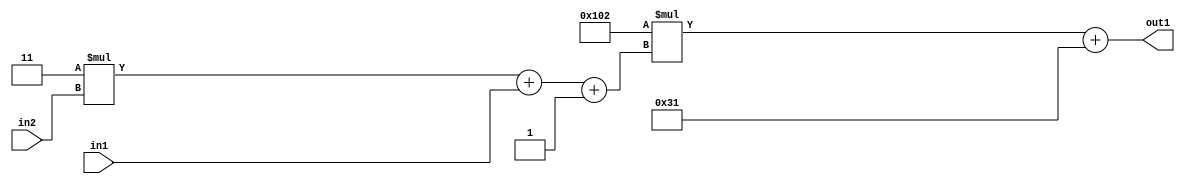
`timescale 1ps / 1ps
/*****************************************************************************
    Verilog RTL Description
    
    
    Created by: Stratus DpOpt 2019.1.01 
*******************************************************************************/

module DC_Filter_Add2i49Mul2i258Add3i1u1Mul2i3u2_4 (
	in2,
	in1,
	out1
	); /* architecture "behavioural" */ 
input [1:0] in2;
input  in1;
output [11:0] out1;
wire [11:0] asc001;
wire [3:0] asc002;

wire [3:0] asc002_tmp_0;
wire [3:0] asc002_tmp_1;
assign asc002_tmp_1 = 
	+(4'B0011 * in2);
assign asc002_tmp_0 = asc002_tmp_1
	+(in1);
assign asc002 = asc002_tmp_0
	+(4'B0001);

wire [11:0] asc001_tmp_2;
assign asc001_tmp_2 = 
	+(12'B000100000010 * asc002);
assign asc001 = asc001_tmp_2
	+(12'B000000110001);

assign out1 = asc001;
endmodule

/* CADENCE  vrP3Sww= : u9/ySgnWtBlWxVPRXgAZ4Og= ** DO NOT EDIT THIS LINE ******/